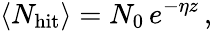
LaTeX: \left<N_{\mathrm{hit}}\right>=N_{0}\, e^{-\eta z}\, ,